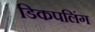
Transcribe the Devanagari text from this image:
डिकपलिंग